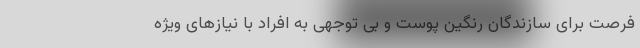
فرصت برای سازندگان رنگین پوست و بی توجهی به افراد با نیازهای ویژه